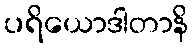
ပရိယောဒါတာနိ